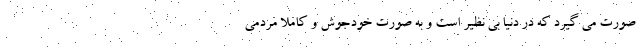
صورت می گیرد که در دنیا بی نظیر است و به صورت خودجوش و کاملا مردمی